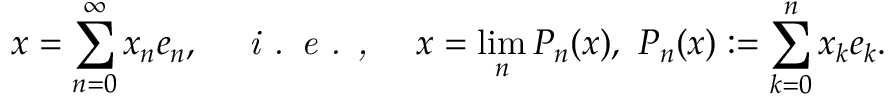
x = \sum _ { n = 0 } ^ { \infty } x _ { n } e _ { n } , \quad { \textit { i . e . , } } \quad x = \operatorname* { l i m } _ { n } P _ { n } ( x ) , \ P _ { n } ( x ) : = \sum _ { k = 0 } ^ { n } x _ { k } e _ { k } .